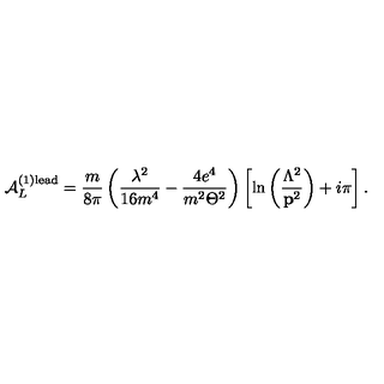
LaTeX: { \cal A } _ { L } ^ { ( 1 ) \mathrm { l e a d } } = \frac m { 8 \pi } \left( \frac { \lambda ^ { 2 } } { 1 6 m ^ { 4 } } - \frac { 4 e ^ { 4 } } { m ^ { 2 } \Theta ^ { 2 } } \right) \left[ \ln \left( \frac { \Lambda ^ { 2 } } { { \bf p } ^ { 2 } } \right) + i \pi \right] .